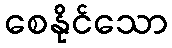
စေနိုင်သော